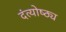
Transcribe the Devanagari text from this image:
दंत्योष्ठ्य